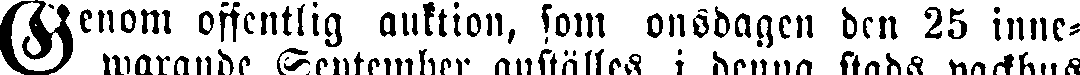
Genom offentlig auktion, som onsdagen den 25 inne-